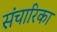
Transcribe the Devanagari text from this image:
संचारिका